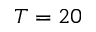
T = 2 0